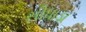
સીધાડા